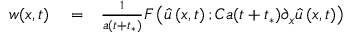
\begin{array} { r l r } { w ( x , t ) } & { { } = } & { \frac { 1 } { a ( t + t _ { * } ) } F \left( \widehat { u } \left( x , t \right) ; C a ( t + t _ { * } ) \partial _ { x } \widehat { u } \left( x , t \right) \right) } \end{array}